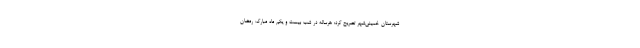
شهرستان خمینی‌شهر تصریح کرد: هرساله در شب بیست و یکم ماه مبارک رمضان